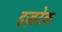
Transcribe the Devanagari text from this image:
इज़टेक